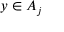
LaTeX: y \in A _ { j }